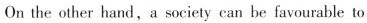
On the other hand,a society can be favourable to